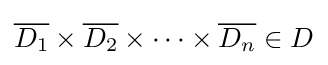
{\overline {D_{1}}}\times {\overline {D_{2}}}\times \cdots \times {\overline {D_{n}}}\in D